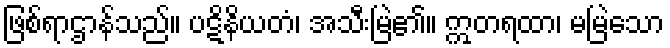
ဖြစ်ရာဌာန်သည်။ ပဋိနိယတံ၊ အသီးမြဲ၏။ ဣတရထာ၊ မမြဲသော